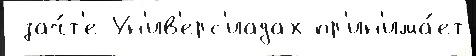
 зач́т'е Ун'ив'ерс'иадах пр'ин'има́ет